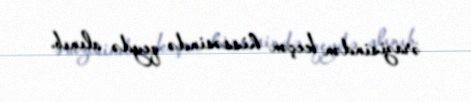
ərazisindən keçən hissəsində qeydə alınıb.